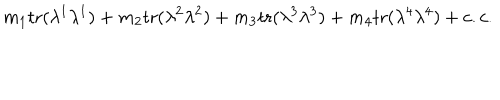
m _ { 1 } \mathrm { t r } ( \lambda ^ { 1 } \lambda ^ { 1 } ) + m _ { 2 } \mathrm { t r } ( \lambda ^ { 2 } \lambda ^ { 2 } ) + m _ { 3 } \mathrm { t r } ( \lambda ^ { 3 } \lambda ^ { 3 } ) + m _ { 4 } \mathrm { t r } ( \lambda ^ { 4 } \lambda ^ { 4 } ) + c . c .